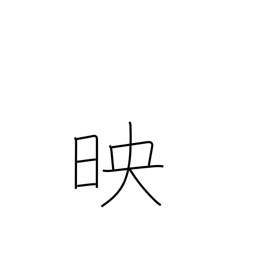
Meaning: projection